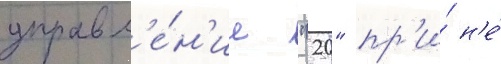
управл'е́н'ие "20" пр'и́ н'е́